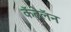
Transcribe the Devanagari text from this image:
कॅटेलॅन